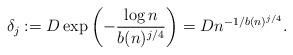
LaTeX: \begin{align*} \delta_j := D \exp\left(-\frac{\log n}{b(n)^{j/4}}\right) = D n^{-1/b(n)^{j/4}}.\end{align*}